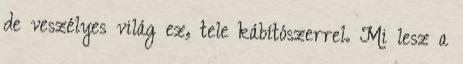
de veszélyes világ ez, tele kábítószerrel. Mi lesz a